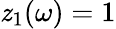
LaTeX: \mathit{z}_{1}(\omega)=1